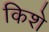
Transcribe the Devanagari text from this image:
किशे